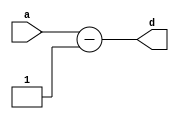
`timescale 1ns/1ns

module DEC(a,d);

    parameter DATAWIDTH = 32;
    input [DATAWIDTH-1:0] a;

    output reg [DATAWIDTH-1:0] d;

    always @(a) begin
        d <= a-1;
    end
endmodule